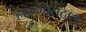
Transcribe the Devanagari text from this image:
हाफ़मासठाल